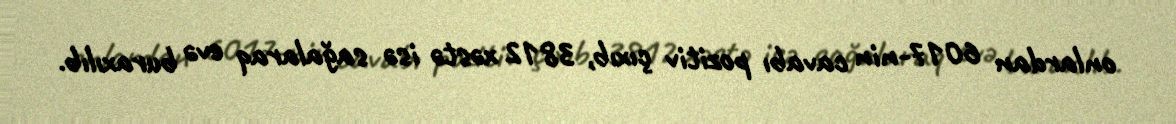
onlardan 6017-nin cavabı pozitiv çıxıb, 3812 xəstə isə sağalaraq evə buraxılıb.